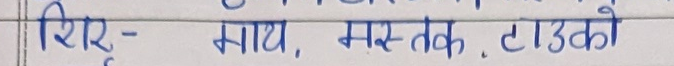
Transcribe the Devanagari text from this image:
शिर – माथ, मस्तक, टाउको